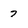
Character: 7